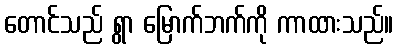
တောင်သည် ရွာ မြောက်ဘက်ကို ကာထားသည်။